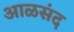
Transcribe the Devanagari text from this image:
आळसंद